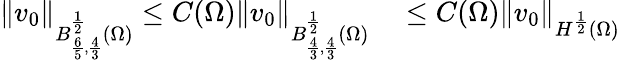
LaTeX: \begin{array}{rl}{\left\lVert v_{0}\right\rVert_{B_{\frac 65,\frac 43}^{\frac 12}(\Omega)}\le C(\Omega)\left\lVert v_{0}\right\rVert_{B_{\frac 43,\frac 43}^{\frac 12}(\Omega)}}&{{}\le C(\Omega)\left\lVert v_{0}\right\rVert_{H^{\frac 12}(\Omega)}}\end{array}